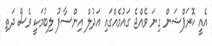
އެއީ ކޮރަޕްޝަން ގިނަ ވެއްޖެ ގައުމެއްގައި އަދުލް އިންސާފު ލިބުމަކީ ވެސް ދަތި